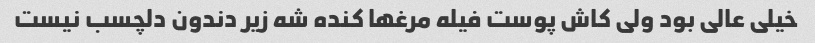
خیلی عالی بود ولی کاش پوست فیله مرغها کنده شه زیر دندون دلچسب نیست